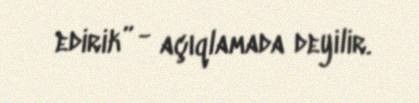
edirik” - açıqlamada deyilir.